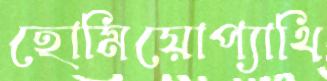
হোমিয়োপ্যাথি